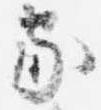
家